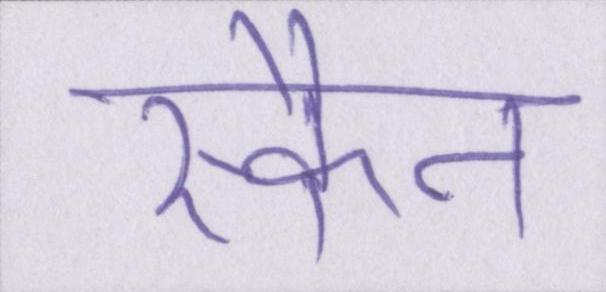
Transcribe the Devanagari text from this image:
स्कैन